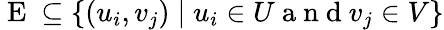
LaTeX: \mathrm{~E~}\subseteq\{ (u_{i},v_{j})\mid u_{i}\in U\mathrm{~a~n~d~}v_{j}\in V\}